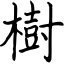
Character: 樹